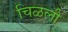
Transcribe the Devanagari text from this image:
चिळली